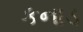
કનાડ